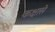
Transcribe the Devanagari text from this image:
कक्षासे